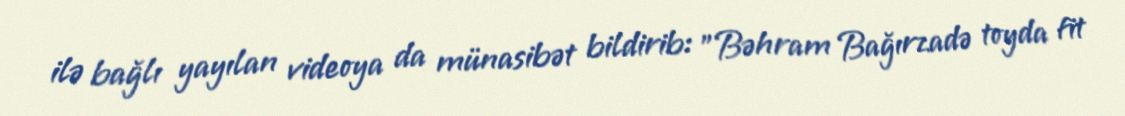
ilə bağlı yayılan videoya da münasibət bildirib: "Bəhram Bağırzadə toyda fit